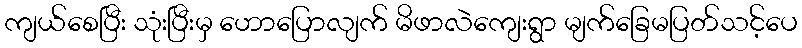
ကျယ်စေပြီး သုံးပြီးမှ ဟောပြောလျက် မိဖာလဲကျေးရွာ မျက်ခြေမပြတ်သင့်ပေ